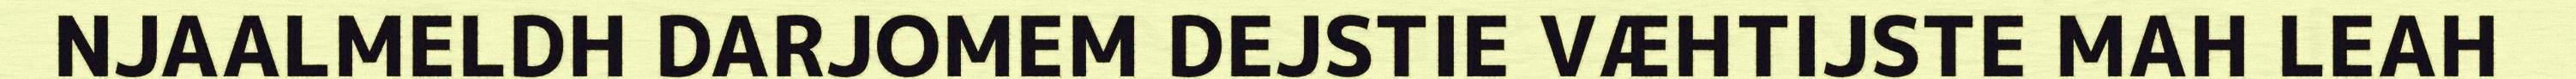
NJAALMELDH DARJOMEM DEJSTIE VÆHTIJSTE MAH LEAH